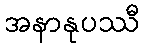
အနာနုပဿီ